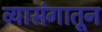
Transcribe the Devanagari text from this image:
व्यासंगातून